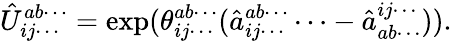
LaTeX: \hat{U}_{ij\cdots}^{ab\cdots}=\exp(\theta_{ij\cdots}^{ab\cdots}(\hat{a}_{ij\cdots}^{ab\cdots}\cdots-\hat{a}_{ab\cdots}^{ij\cdots})).